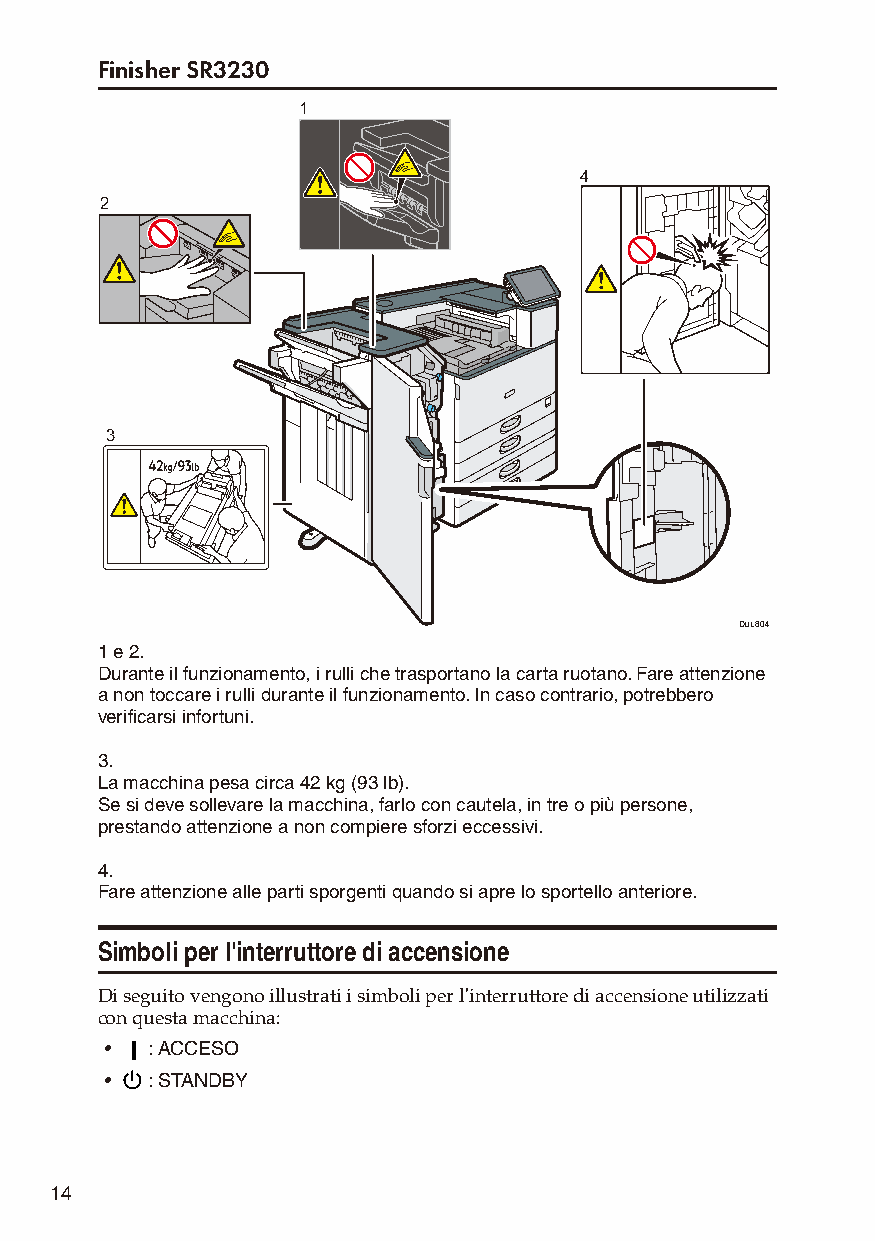
Finisher SR3230
 1
 4
 2
 3
 DUL804
 1 e 2.
 Durante il funzionamento, i rulli che trasportano la carta ruotano. Fare attenzione
 a non toccare i rulli durante il funzionamento. In caso contrario, potrebbero
 verificarsi infortuni.
 3.
 La macchina pesa circa 42 kg (93 lb).
 Se si deve sollevare la macchina, farlo con cautela, in tre o più persone,
 prestando attenzione a non compiere sforzi eccessivi.
 4.
 Fare attenzione alle parti sporgenti quando si apre lo sportello anteriore.
 Simboli per l'interruttore di accensione
 Di seguito vengono illustrati i simboli per l'interruttore di accensione utilizzati
 con questa macchina:
 •  : ACCESO
 •  : STANDBY
 14